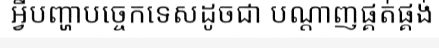
អ្វីបញ្ហាបច្ចេកទេសដូចជា បណ្តាញផ្គត់ផ្គង់